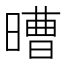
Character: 𣉿